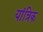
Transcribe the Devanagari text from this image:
यांत्रिक